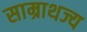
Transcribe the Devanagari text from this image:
साम्राथज्य